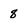
Character: 8